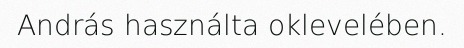
András használta oklevelében.